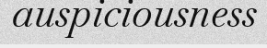
auspiciousness